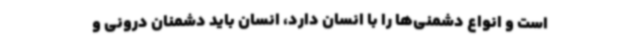
است و انواع دشمنی‌ها را با انسان دارد، انسان باید دشمنان درونی و